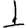
Digit: 1